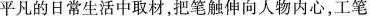
平凡的日常生活中取材，把笔触伸向人物内心，工笔